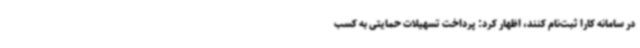
در سامانه کارا ثبت‌نام کنند، اظهار کرد: پرداخت تسهیلات حمایتی به کسب